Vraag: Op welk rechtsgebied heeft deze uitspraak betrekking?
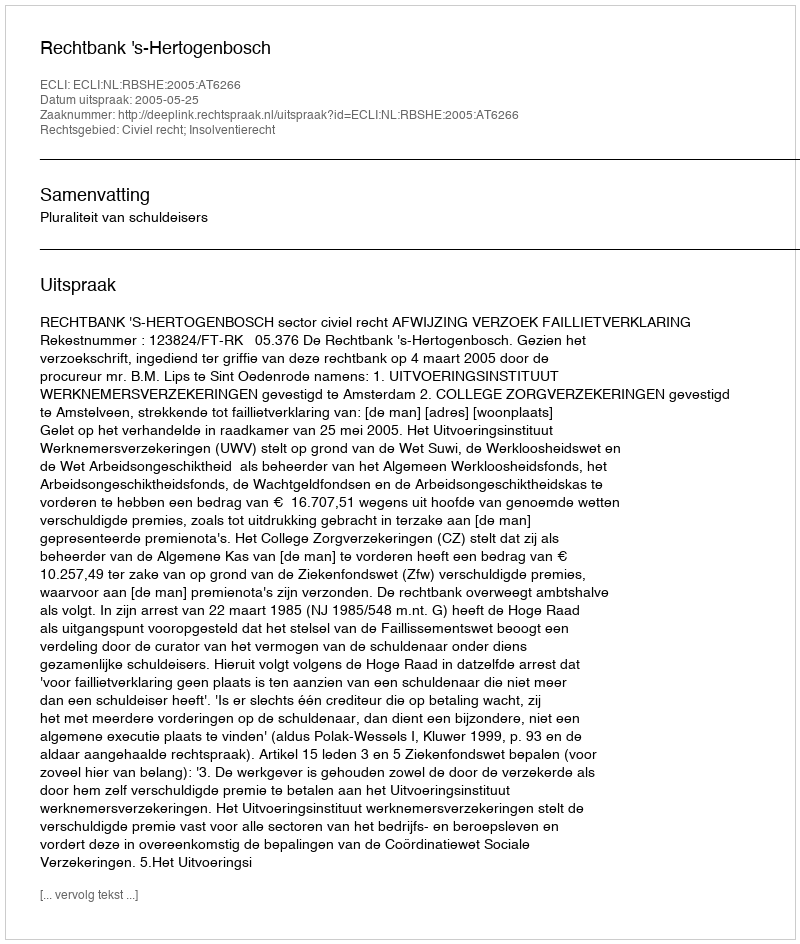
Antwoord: Civiel recht; Insolventierecht